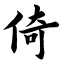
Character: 倚